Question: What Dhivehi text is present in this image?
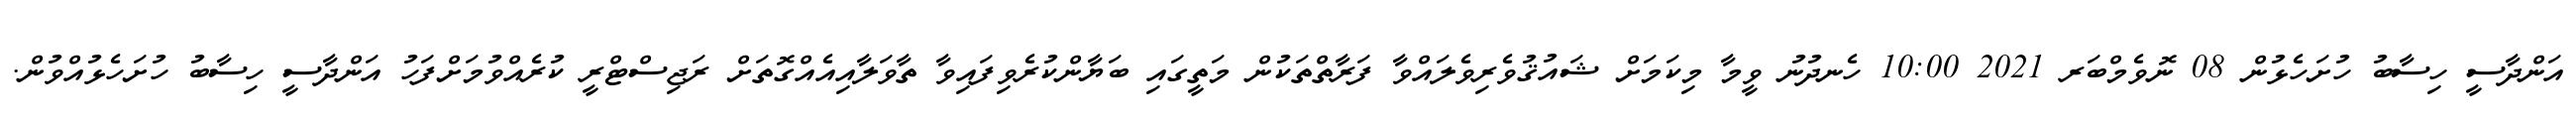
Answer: އަންދާސީ ހިސާބު ހުށަހެޅުން 08 ނޮވެމްބަރ 2021 10:00 ހެނދުނު ވީމާ މިކަމަށް ޝައުޤުވެރިވެލައްވާ ފަރާތްތަކުން މަތީގައި ބަޔާންކުރެވިފައިވާ ތާވަލާއިއެއްގޮތަށް ރަޖިސްޓްރީ ކުރެއްވުމަށްފަހު އަންދާސީ ހިސާބު ހުށަހެޅުއްވުން.